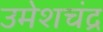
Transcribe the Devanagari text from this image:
उमेशचंद्र